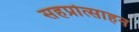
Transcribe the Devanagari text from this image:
सहप्रोत्साहन